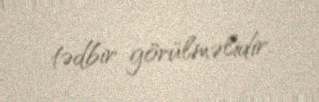
tədbir görülməlidir.